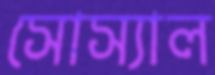
সোস্যাল